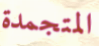
المتجمدة